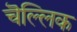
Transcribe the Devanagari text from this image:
चॆल्लिक